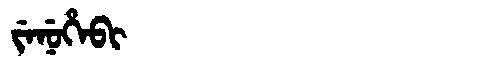
Manchu: ᠵᡝᠨᡠᡥᡝᠪᡳ
Romanization: JENUHEBI